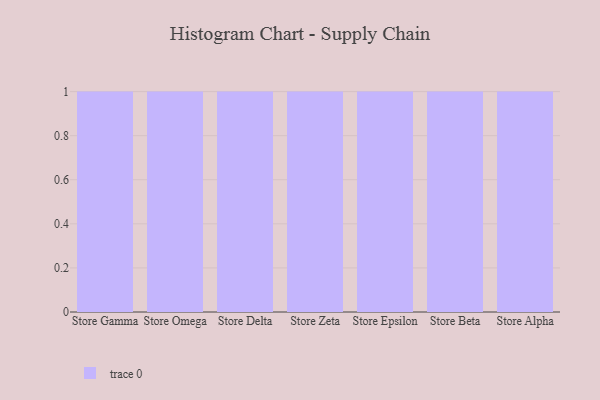
{"axis": {"x": "Store", "y": "Humidity (%)"}, "legend": [""], "data": [{"x": "Store Gamma", "y": 86, "type": ""}, {"x": "Store Omega", "y": 27, "type": ""}, {"x": "Store Delta", "y": 83, "type": ""}, {"x": "Store Zeta", "y": 77, "type": ""}, {"x": "Store Epsilon", "y": 41, "type": ""}, {"x": "Store Beta", "y": 79, "type": ""}, {"x": "Store Alpha", "y": 1, "type": ""}]}